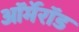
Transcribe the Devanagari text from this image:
ऑर्मेरॉड